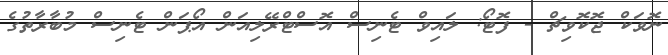
ނޮވަކް ޖޮކޮވިޗް - ފޮޓޯ: ލައިވް ޓެނިސް އޮސްޓްރޭލިއަން އޯޕަން ޓެނިސް މުބާރާތުގެ